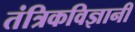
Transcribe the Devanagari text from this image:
तंत्रिकविज्ञानी